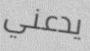
يدعني